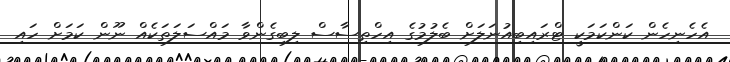
އެހެނިހެން ކަންކަމަކީ ޓްރައިބިއުނަލަށް ބެލުމުގެ އިހްތިސާސް ލިބިގެންވާ މައްސަލަތަކެއް ނޫން ކަމަށް ހައި